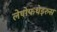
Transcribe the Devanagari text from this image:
लेपोफथेइरुस